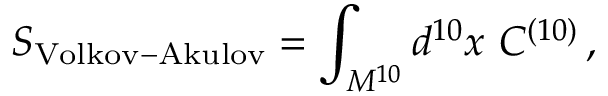
S _ { \mathrm { V o l k o v - A k u l o v } } = \int _ { M ^ { 1 0 } } d ^ { 1 0 } x \ C ^ { ( 1 0 ) } \, ,